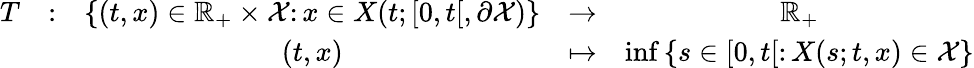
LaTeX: \begin{array}{ccccc}{T}&{\colon}&{\left\{ (t,x)\in{\mathbb{R}}_{+}\times\mathcal{X}\colon x\in X(t;\left[0,t\right[,\partial\mathcal{X})\right\} }&{\to}&{{\mathbb{R}}_{+}}\\ &&{(t,x)}&{\mapsto}&{\operatorname*{inf}\left\{ s\in[0,t[\colon X(s;t,x)\in\mathcal{X}\right\} }\end{array}